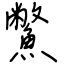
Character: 鱉